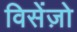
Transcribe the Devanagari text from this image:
विसेंज़ो